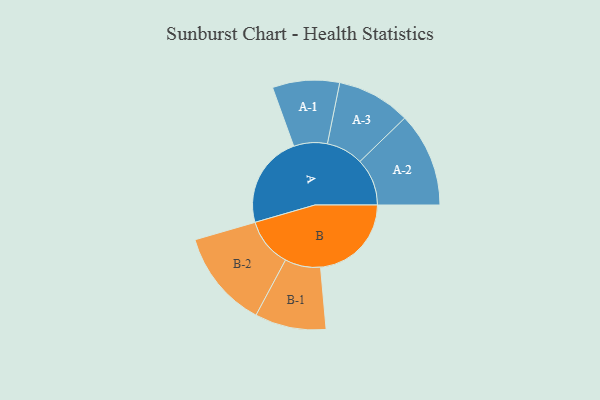
{"axis": {"x": "Segment", "y": "Value"}, "legend": ["", "A", "B"], "data": [{"x": "A", "y": 438, "type": ""}, {"x": "B", "y": 431, "type": ""}, {"x": "A-1", "y": 159, "type": "A"}, {"x": "A-2", "y": 224, "type": "A"}, {"x": "A-3", "y": 175, "type": "A"}, {"x": "B-1", "y": 169, "type": "B"}, {"x": "B-2", "y": 232, "type": "B"}]}